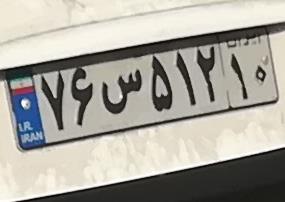
۷۶س۵۱۲۱۰